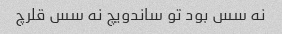
نه سس بود تو ساندویچ نه سس قلرچ